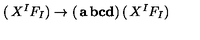
\left( \begin{matrix} { X ^ { I } } \\ { F _ { I } } \\ \end{matrix} \right) \rightarrow \left( \begin{matrix} { { \bf a } } & { { \bf b } } \\ { { \bf c } } & { { \bf d } } \\ \end{matrix} \right) \left( \begin{matrix} { X ^ { I } } \\ { F _ { I } } \\ \end{matrix} \right)